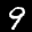
Label: 9